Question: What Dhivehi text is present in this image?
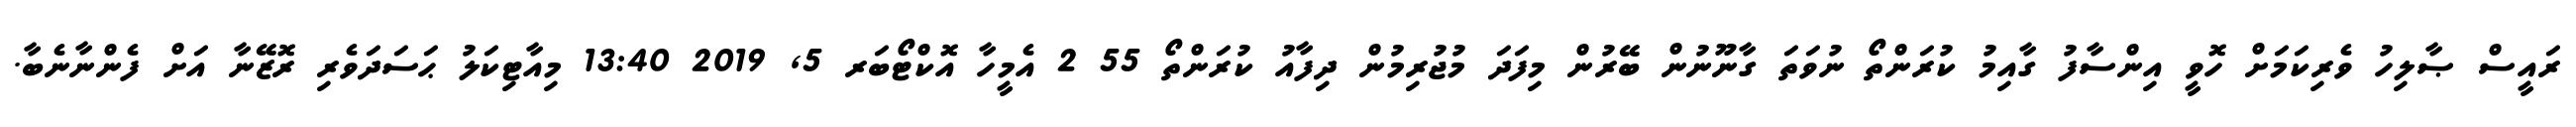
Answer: ރައީސް ޞާލިހު ވެރިކަމަށް ހޮވީ އިންސާފު ގާއިމު ކުރަންތޯ ނުވަތަ ގާނޫނުން ބޭރުން މިފަދަ މުޖުރިމުން ދިފާއު ކުރަންތޯ 55 2 އެމީހާ އޮކްޓޯބަރ 5, 2019 13:40 މިއާޓިކަލު ޙަސަދަވެރި ރޮޒޭނާ އަށް ފެންނާނެބާ.